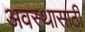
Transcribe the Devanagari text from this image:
अवस्थासाठी